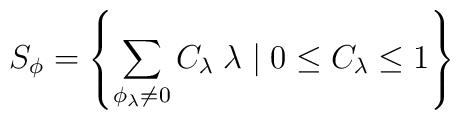
S_{\phi} = \left\{ \sum_{{\phi}_{\lambda} \neq 0 }  C_{\lambda} \; \lambda \; |\;  0 \leq C_{\lambda} \leq 1 \right\}